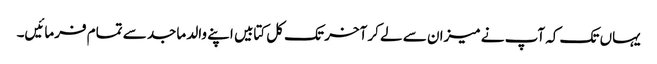
یہاں تک کہ آپ نے میزان سے لے کر آخر تک کل کتابیں اپنے والد ماجد سے تمام فرمائیں۔